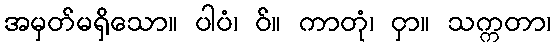
အမှတ်မရှိသော။ ပါပံ၊ ဝ်။ ကာတုံ၊ ငှာ။ သက္ကတာ၊